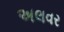
અલવર